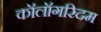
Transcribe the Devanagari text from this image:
कॉलॉगरिदम